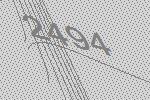
2494